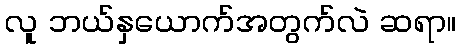
လူ ဘယ်နှယောက်အတွက်လဲ ဆရာ။